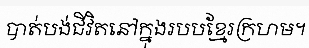
បាត់បង់ជីវិតនៅក្នុងរបបខ្មែរក្រហម។